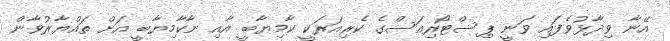
އޭނާ ވިދާޅުވެފައި ވަނީ ޕިސްޓޯރިއަސްގެ ކެރިއަރަކީ ކާމިޔާބީ އާއި ނާކާމިޔާބީ އަށް ތައްޔާރުވާން